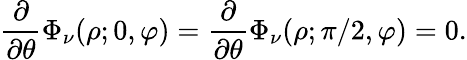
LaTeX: \frac{\partial}{\partial\theta}\Phi_{\nu}(\rho;0,\varphi)=\frac{\partial}{\partial\theta}\Phi_{\nu}(\rho;\pi/2,\varphi)=0.